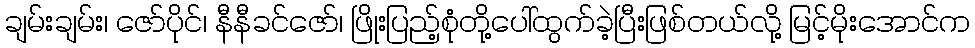
ချမ်းချမ်း၊ ဇော်ပိုင်၊ နီနီခင်ဇော်၊ ဖြိုးပြည့်စုံတို့ပေါ်ထွက်ခဲ့ပြီးဖြစ်တယ်လို့ မြင့်မိုးအောင်က